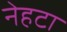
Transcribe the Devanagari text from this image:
नेहटा